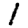
Digit: 1